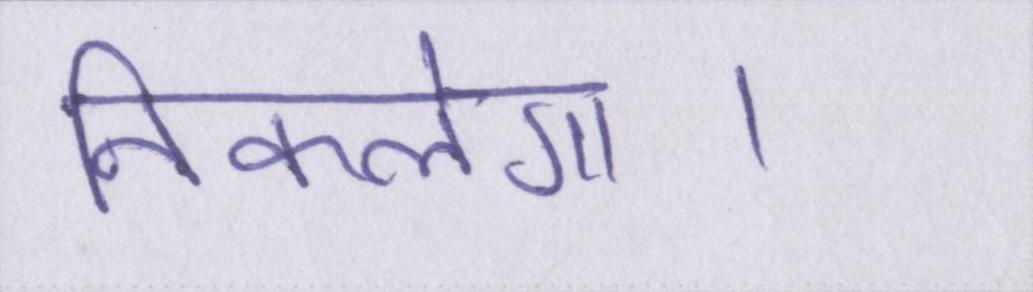
निकलेगा।